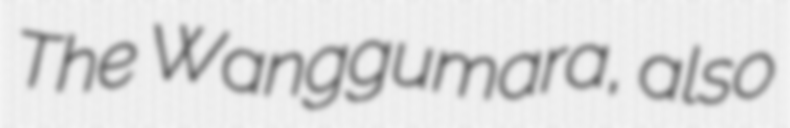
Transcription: The Wanggumara, also